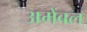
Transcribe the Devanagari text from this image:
अमेंबल